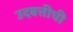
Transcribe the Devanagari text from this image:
उदबत्तीची